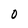
Character: 0